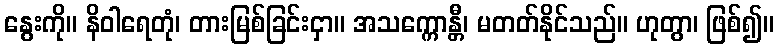
နွေးကို။ နိဝါရေတုံ၊ တားမြစ်ခြင်းငှာ။ အသက္ကောန္တီ၊ မတတ်နိုင်သည်။ ဟုတွာ၊ ဖြစ်၍။